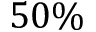
5 0 \%